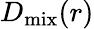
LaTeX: D_{\mathrm{mix}}(r)